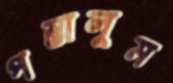
পস্তালুম